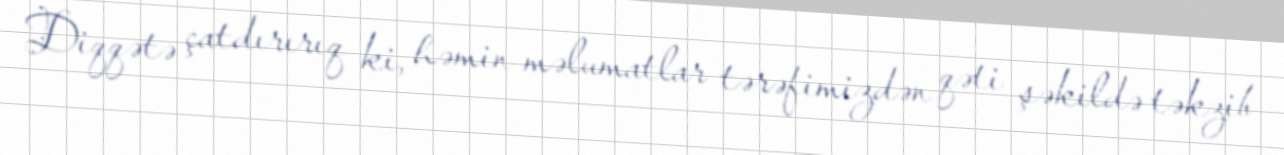
Diqqətə çatdırırıq ki, həmin məlumatlar tərəfimizdən qəti şəkildə təkzib